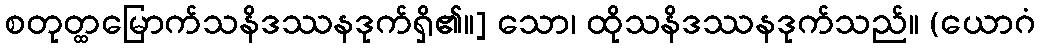
စတုတ္ထမြောက်သနိဒဿနဒုက်ရှိ၏။] သော၊ ထိုသနိဒဿနဒုက်သည်။ (ယောဂံ